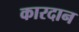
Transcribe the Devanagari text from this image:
कारदान